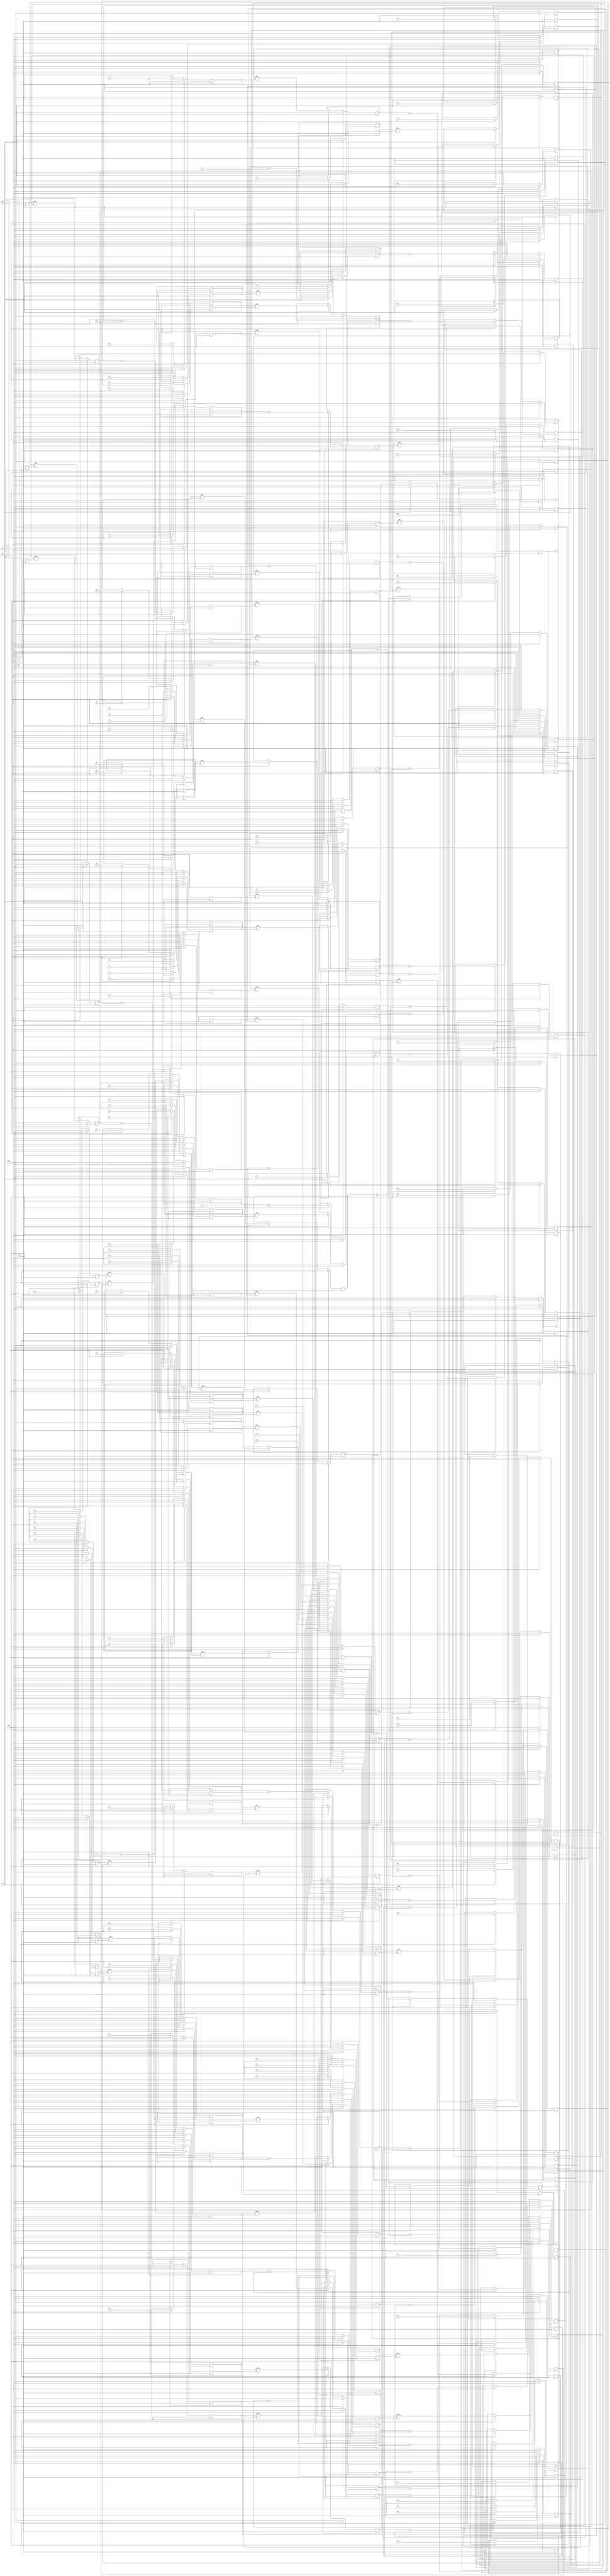
(*use_dsp = "yes"*)
module tdot (
    input wire clock,
    input wire reset,
    input wire [7:0] a0,
    input wire [7:0] c0,
    input wire [7:0] e0,
    input wire [7:0] g0,
    input wire [7:0] i0,
    input wire [7:0] a1,
    input wire [7:0] c1,
    input wire [7:0] e1,
    input wire [7:0] g1,
    input wire [7:0] i1,
    input wire [7:0] a2,
    input wire [7:0] c2,
    input wire [7:0] e2,
    input wire [7:0] g2,
    input wire [7:0] i2,
    input wire [7:0] a3,
    input wire [7:0] c3,
    input wire [7:0] e3,
    input wire [7:0] g3,
    input wire [7:0] i3,
    input wire [7:0] a4,
    input wire [7:0] c4,
    input wire [7:0] e4,
    input wire [7:0] g4,
    input wire [7:0] i4,
    input wire [7:0] a5,
    input wire [7:0] c5,
    input wire [7:0] e5,
    input wire [7:0] g5,
    input wire [7:0] i5,
    input wire [7:0] a6,
    input wire [7:0] c6,
    input wire [7:0] e6,
    input wire [7:0] g6,
    input wire [7:0] i6,
    input wire [7:0] a7,
    input wire [7:0] c7,
    input wire [7:0] e7,
    input wire [7:0] g7,
    input wire [7:0] i7,
    input wire [7:0] a8,
    input wire [7:0] c8,
    input wire [7:0] e8,
    input wire [7:0] g8,
    input wire [7:0] i8,
    input wire [7:0] b0,
    input wire [7:0] d0,
    input wire [7:0] f0,
    input wire [7:0] h0,
    input wire [7:0] j0,
    input wire [7:0] b1,
    input wire [7:0] d1,
    input wire [7:0] f1,
    input wire [7:0] h1,
    input wire [7:0] j1,
    input wire [7:0] b2,
    input wire [7:0] d2,
    input wire [7:0] f2,
    input wire [7:0] h2,
    input wire [7:0] j2,
    input wire [7:0] b3,
    input wire [7:0] d3,
    input wire [7:0] f3,
    input wire [7:0] h3,
    input wire [7:0] j3,
    input wire [7:0] b4,
    input wire [7:0] d4,
    input wire [7:0] f4,
    input wire [7:0] h4,
    input wire [7:0] j4,
    input wire [7:0] b5,
    input wire [7:0] d5,
    input wire [7:0] f5,
    input wire [7:0] h5,
    input wire [7:0] j5,
    input wire [7:0] b6,
    input wire [7:0] d6,
    input wire [7:0] f6,
    input wire [7:0] h6,
    input wire [7:0] j6,
    input wire [7:0] b7,
    input wire [7:0] d7,
    input wire [7:0] f7,
    input wire [7:0] h7,
    input wire [7:0] j7,
    input wire [7:0] b8,
    input wire [7:0] d8,
    input wire [7:0] f8,
    input wire [7:0] h8,
    input wire [7:0] j8,
    input wire [7:0] m,
    input wire [7:0] n,
    input wire [7:0] o,
    input wire [7:0] p,
    input wire [7:0] q,
    input wire en,
    output reg [7:0] v,
    output reg [7:0] w,
    output reg [7:0] x,
    output reg [7:0] y,
    output reg [7:0] z
);
    reg [7:0] t0;
    reg [7:0] t1;
    wire [7:0] t2;
    reg [7:0] t3;
    wire [7:0] t4;
    reg [7:0] t5;
    reg [7:0] t6;
    reg [7:0] t7;
    wire [7:0] t8;
    reg [7:0] t9;
    wire [7:0] t10;
    reg [7:0] t11;
    reg [7:0] t12;
    reg [7:0] t13;
    wire [7:0] t14;
    reg [7:0] t15;
    wire [7:0] t16;
    reg [7:0] t17;
    reg [7:0] t18;
    reg [7:0] t19;
    wire [7:0] t20;
    reg [7:0] t21;
    wire [7:0] t22;
    reg [7:0] t23;
    reg [7:0] t24;
    reg [7:0] t25;
    wire [7:0] t26;
    reg [7:0] t27;
    wire [7:0] t28;
    reg [7:0] t29;
    reg [7:0] t30;
    reg [7:0] t31;
    wire [7:0] t32;
    reg [7:0] t33;
    wire [7:0] t34;
    reg [7:0] t35;
    reg [7:0] t36;
    reg [7:0] t37;
    wire [7:0] t38;
    reg [7:0] t39;
    wire [7:0] t40;
    reg [7:0] t41;
    reg [7:0] t42;
    reg [7:0] t43;
    wire [7:0] t44;
    reg [7:0] t45;
    wire [7:0] t46;
    reg [7:0] t47;
    reg [7:0] t48;
    reg [7:0] t49;
    wire [7:0] t50;
    reg [7:0] t51;
    wire [7:0] t52;
    reg [7:0] t54;
    reg [7:0] t55;
    wire [7:0] t56;
    reg [7:0] t57;
    wire [7:0] t58;
    reg [7:0] t59;
    reg [7:0] t60;
    reg [7:0] t61;
    wire [7:0] t62;
    reg [7:0] t63;
    wire [7:0] t64;
    reg [7:0] t65;
    reg [7:0] t66;
    reg [7:0] t67;
    wire [7:0] t68;
    reg [7:0] t69;
    wire [7:0] t70;
    reg [7:0] t71;
    reg [7:0] t72;
    reg [7:0] t73;
    wire [7:0] t74;
    reg [7:0] t75;
    wire [7:0] t76;
    reg [7:0] t77;
    reg [7:0] t78;
    reg [7:0] t79;
    wire [7:0] t80;
    reg [7:0] t81;
    wire [7:0] t82;
    reg [7:0] t83;
    reg [7:0] t84;
    reg [7:0] t85;
    wire [7:0] t86;
    reg [7:0] t87;
    wire [7:0] t88;
    reg [7:0] t89;
    reg [7:0] t90;
    reg [7:0] t91;
    wire [7:0] t92;
    reg [7:0] t93;
    wire [7:0] t94;
    reg [7:0] t95;
    reg [7:0] t96;
    reg [7:0] t97;
    wire [7:0] t98;
    reg [7:0] t99;
    wire [7:0] t100;
    reg [7:0] t101;
    reg [7:0] t102;
    reg [7:0] t103;
    wire [7:0] t104;
    reg [7:0] t105;
    wire [7:0] t106;
    reg [7:0] t108;
    reg [7:0] t109;
    wire [7:0] t110;
    reg [7:0] t111;
    wire [7:0] t112;
    reg [7:0] t113;
    reg [7:0] t114;
    reg [7:0] t115;
    wire [7:0] t116;
    reg [7:0] t117;
    wire [7:0] t118;
    reg [7:0] t119;
    reg [7:0] t120;
    reg [7:0] t121;
    wire [7:0] t122;
    reg [7:0] t123;
    wire [7:0] t124;
    reg [7:0] t125;
    reg [7:0] t126;
    reg [7:0] t127;
    wire [7:0] t128;
    reg [7:0] t129;
    wire [7:0] t130;
    reg [7:0] t131;
    reg [7:0] t132;
    reg [7:0] t133;
    wire [7:0] t134;
    reg [7:0] t135;
    wire [7:0] t136;
    reg [7:0] t137;
    reg [7:0] t138;
    reg [7:0] t139;
    wire [7:0] t140;
    reg [7:0] t141;
    wire [7:0] t142;
    reg [7:0] t143;
    reg [7:0] t144;
    reg [7:0] t145;
    wire [7:0] t146;
    reg [7:0] t147;
    wire [7:0] t148;
    reg [7:0] t149;
    reg [7:0] t150;
    reg [7:0] t151;
    wire [7:0] t152;
    reg [7:0] t153;
    wire [7:0] t154;
    reg [7:0] t155;
    reg [7:0] t156;
    reg [7:0] t157;
    wire [7:0] t158;
    reg [7:0] t159;
    wire [7:0] t160;
    reg [7:0] t162;
    reg [7:0] t163;
    wire [7:0] t164;
    reg [7:0] t165;
    wire [7:0] t166;
    reg [7:0] t167;
    reg [7:0] t168;
    reg [7:0] t169;
    wire [7:0] t170;
    reg [7:0] t171;
    wire [7:0] t172;
    reg [7:0] t173;
    reg [7:0] t174;
    reg [7:0] t175;
    wire [7:0] t176;
    reg [7:0] t177;
    wire [7:0] t178;
    reg [7:0] t179;
    reg [7:0] t180;
    reg [7:0] t181;
    wire [7:0] t182;
    reg [7:0] t183;
    wire [7:0] t184;
    reg [7:0] t185;
    reg [7:0] t186;
    reg [7:0] t187;
    wire [7:0] t188;
    reg [7:0] t189;
    wire [7:0] t190;
    reg [7:0] t191;
    reg [7:0] t192;
    reg [7:0] t193;
    wire [7:0] t194;
    reg [7:0] t195;
    wire [7:0] t196;
    reg [7:0] t197;
    reg [7:0] t198;
    reg [7:0] t199;
    wire [7:0] t200;
    reg [7:0] t201;
    wire [7:0] t202;
    reg [7:0] t203;
    reg [7:0] t204;
    reg [7:0] t205;
    wire [7:0] t206;
    reg [7:0] t207;
    wire [7:0] t208;
    reg [7:0] t209;
    reg [7:0] t210;
    reg [7:0] t211;
    wire [7:0] t212;
    reg [7:0] t213;
    wire [7:0] t214;
    reg [7:0] t216;
    reg [7:0] t217;
    wire [7:0] t218;
    reg [7:0] t219;
    wire [7:0] t220;
    reg [7:0] t221;
    reg [7:0] t222;
    reg [7:0] t223;
    wire [7:0] t224;
    reg [7:0] t225;
    wire [7:0] t226;
    reg [7:0] t227;
    reg [7:0] t228;
    reg [7:0] t229;
    wire [7:0] t230;
    reg [7:0] t231;
    wire [7:0] t232;
    reg [7:0] t233;
    reg [7:0] t234;
    reg [7:0] t235;
    wire [7:0] t236;
    reg [7:0] t237;
    wire [7:0] t238;
    reg [7:0] t239;
    reg [7:0] t240;
    reg [7:0] t241;
    wire [7:0] t242;
    reg [7:0] t243;
    wire [7:0] t244;
    reg [7:0] t245;
    reg [7:0] t246;
    reg [7:0] t247;
    wire [7:0] t248;
    reg [7:0] t249;
    wire [7:0] t250;
    reg [7:0] t251;
    reg [7:0] t252;
    reg [7:0] t253;
    wire [7:0] t254;
    reg [7:0] t255;
    wire [7:0] t256;
    reg [7:0] t257;
    reg [7:0] t258;
    reg [7:0] t259;
    wire [7:0] t260;
    reg [7:0] t261;
    wire [7:0] t262;
    reg [7:0] t263;
    reg [7:0] t264;
    reg [7:0] t265;
    wire [7:0] t266;
    reg [7:0] t267;
    wire [7:0] t268;
    always @(posedge clock) begin
        if(reset) begin
            t0 <= 0;
        end else if(en) begin
            t0 <= a0;
        end
    end
    always @(posedge clock) begin
        if(reset) begin
            t1 <= 0;
        end else if(en) begin
            t1 <= b0;
        end
    end
    assign t2 = ($signed(t0) * $signed(t1));
    always @(posedge clock) begin
        if(reset) begin
            t3 <= 0;
        end else if(en) begin
            t3 <= t2;
        end
    end
    assign t4 = ($signed(t3) + $signed(m));
    always @(posedge clock) begin
        if(reset) begin
            t5 <= 0;
        end else if(en) begin
            t5 <= t4;
        end
    end
    always @(posedge clock) begin
        if(reset) begin
            t6 <= 0;
        end else if(en) begin
            t6 <= a1;
        end
    end
    always @(posedge clock) begin
        if(reset) begin
            t7 <= 0;
        end else if(en) begin
            t7 <= b1;
        end
    end
    assign t8 = ($signed(t6) * $signed(t7));
    always @(posedge clock) begin
        if(reset) begin
            t9 <= 0;
        end else if(en) begin
            t9 <= t8;
        end
    end
    assign t10 = ($signed(t9) + $signed(t5));
    always @(posedge clock) begin
        if(reset) begin
            t11 <= 0;
        end else if(en) begin
            t11 <= t10;
        end
    end
    always @(posedge clock) begin
        if(reset) begin
            t12 <= 0;
        end else if(en) begin
            t12 <= a2;
        end
    end
    always @(posedge clock) begin
        if(reset) begin
            t13 <= 0;
        end else if(en) begin
            t13 <= b2;
        end
    end
    assign t14 = ($signed(t12) * $signed(t13));
    always @(posedge clock) begin
        if(reset) begin
            t15 <= 0;
        end else if(en) begin
            t15 <= t14;
        end
    end
    assign t16 = ($signed(t15) + $signed(t11));
    always @(posedge clock) begin
        if(reset) begin
            t17 <= 0;
        end else if(en) begin
            t17 <= t16;
        end
    end
    always @(posedge clock) begin
        if(reset) begin
            t18 <= 0;
        end else if(en) begin
            t18 <= a3;
        end
    end
    always @(posedge clock) begin
        if(reset) begin
            t19 <= 0;
        end else if(en) begin
            t19 <= b3;
        end
    end
    assign t20 = ($signed(t18) * $signed(t19));
    always @(posedge clock) begin
        if(reset) begin
            t21 <= 0;
        end else if(en) begin
            t21 <= t20;
        end
    end
    assign t22 = ($signed(t21) + $signed(t17));
    always @(posedge clock) begin
        if(reset) begin
            t23 <= 0;
        end else if(en) begin
            t23 <= t22;
        end
    end
    always @(posedge clock) begin
        if(reset) begin
            t24 <= 0;
        end else if(en) begin
            t24 <= a4;
        end
    end
    always @(posedge clock) begin
        if(reset) begin
            t25 <= 0;
        end else if(en) begin
            t25 <= b4;
        end
    end
    assign t26 = ($signed(t24) * $signed(t25));
    always @(posedge clock) begin
        if(reset) begin
            t27 <= 0;
        end else if(en) begin
            t27 <= t26;
        end
    end
    assign t28 = ($signed(t27) + $signed(t23));
    always @(posedge clock) begin
        if(reset) begin
            t29 <= 0;
        end else if(en) begin
            t29 <= t28;
        end
    end
    always @(posedge clock) begin
        if(reset) begin
            t30 <= 0;
        end else if(en) begin
            t30 <= a5;
        end
    end
    always @(posedge clock) begin
        if(reset) begin
            t31 <= 0;
        end else if(en) begin
            t31 <= b5;
        end
    end
    assign t32 = ($signed(t30) * $signed(t31));
    always @(posedge clock) begin
        if(reset) begin
            t33 <= 0;
        end else if(en) begin
            t33 <= t32;
        end
    end
    assign t34 = ($signed(t33) + $signed(t29));
    always @(posedge clock) begin
        if(reset) begin
            t35 <= 0;
        end else if(en) begin
            t35 <= t34;
        end
    end
    always @(posedge clock) begin
        if(reset) begin
            t36 <= 0;
        end else if(en) begin
            t36 <= a6;
        end
    end
    always @(posedge clock) begin
        if(reset) begin
            t37 <= 0;
        end else if(en) begin
            t37 <= b6;
        end
    end
    assign t38 = ($signed(t36) * $signed(t37));
    always @(posedge clock) begin
        if(reset) begin
            t39 <= 0;
        end else if(en) begin
            t39 <= t38;
        end
    end
    assign t40 = ($signed(t39) + $signed(t35));
    always @(posedge clock) begin
        if(reset) begin
            t41 <= 0;
        end else if(en) begin
            t41 <= t40;
        end
    end
    always @(posedge clock) begin
        if(reset) begin
            t42 <= 0;
        end else if(en) begin
            t42 <= a7;
        end
    end
    always @(posedge clock) begin
        if(reset) begin
            t43 <= 0;
        end else if(en) begin
            t43 <= b7;
        end
    end
    assign t44 = ($signed(t42) * $signed(t43));
    always @(posedge clock) begin
        if(reset) begin
            t45 <= 0;
        end else if(en) begin
            t45 <= t44;
        end
    end
    assign t46 = ($signed(t45) + $signed(t41));
    always @(posedge clock) begin
        if(reset) begin
            t47 <= 0;
        end else if(en) begin
            t47 <= t46;
        end
    end
    always @(posedge clock) begin
        if(reset) begin
            t48 <= 0;
        end else if(en) begin
            t48 <= a8;
        end
    end
    always @(posedge clock) begin
        if(reset) begin
            t49 <= 0;
        end else if(en) begin
            t49 <= b8;
        end
    end
    assign t50 = ($signed(t48) * $signed(t49));
    always @(posedge clock) begin
        if(reset) begin
            t51 <= 0;
        end else if(en) begin
            t51 <= t50;
        end
    end
    assign t52 = ($signed(t51) + $signed(t47));
    always @(posedge clock) begin
        if(reset) begin
            v <= 0;
        end else if(en) begin
            v <= t52;
        end
    end
    always @(posedge clock) begin
        if(reset) begin
            t54 <= 0;
        end else if(en) begin
            t54 <= c0;
        end
    end
    always @(posedge clock) begin
        if(reset) begin
            t55 <= 0;
        end else if(en) begin
            t55 <= d0;
        end
    end
    assign t56 = ($signed(t54) * $signed(t55));
    always @(posedge clock) begin
        if(reset) begin
            t57 <= 0;
        end else if(en) begin
            t57 <= t56;
        end
    end
    assign t58 = ($signed(t57) + $signed(n));
    always @(posedge clock) begin
        if(reset) begin
            t59 <= 0;
        end else if(en) begin
            t59 <= t58;
        end
    end
    always @(posedge clock) begin
        if(reset) begin
            t60 <= 0;
        end else if(en) begin
            t60 <= c1;
        end
    end
    always @(posedge clock) begin
        if(reset) begin
            t61 <= 0;
        end else if(en) begin
            t61 <= d1;
        end
    end
    assign t62 = ($signed(t60) * $signed(t61));
    always @(posedge clock) begin
        if(reset) begin
            t63 <= 0;
        end else if(en) begin
            t63 <= t62;
        end
    end
    assign t64 = ($signed(t63) + $signed(t59));
    always @(posedge clock) begin
        if(reset) begin
            t65 <= 0;
        end else if(en) begin
            t65 <= t64;
        end
    end
    always @(posedge clock) begin
        if(reset) begin
            t66 <= 0;
        end else if(en) begin
            t66 <= c2;
        end
    end
    always @(posedge clock) begin
        if(reset) begin
            t67 <= 0;
        end else if(en) begin
            t67 <= d2;
        end
    end
    assign t68 = ($signed(t66) * $signed(t67));
    always @(posedge clock) begin
        if(reset) begin
            t69 <= 0;
        end else if(en) begin
            t69 <= t68;
        end
    end
    assign t70 = ($signed(t69) + $signed(t65));
    always @(posedge clock) begin
        if(reset) begin
            t71 <= 0;
        end else if(en) begin
            t71 <= t70;
        end
    end
    always @(posedge clock) begin
        if(reset) begin
            t72 <= 0;
        end else if(en) begin
            t72 <= c3;
        end
    end
    always @(posedge clock) begin
        if(reset) begin
            t73 <= 0;
        end else if(en) begin
            t73 <= d3;
        end
    end
    assign t74 = ($signed(t72) * $signed(t73));
    always @(posedge clock) begin
        if(reset) begin
            t75 <= 0;
        end else if(en) begin
            t75 <= t74;
        end
    end
    assign t76 = ($signed(t75) + $signed(t71));
    always @(posedge clock) begin
        if(reset) begin
            t77 <= 0;
        end else if(en) begin
            t77 <= t76;
        end
    end
    always @(posedge clock) begin
        if(reset) begin
            t78 <= 0;
        end else if(en) begin
            t78 <= c4;
        end
    end
    always @(posedge clock) begin
        if(reset) begin
            t79 <= 0;
        end else if(en) begin
            t79 <= d4;
        end
    end
    assign t80 = ($signed(t78) * $signed(t79));
    always @(posedge clock) begin
        if(reset) begin
            t81 <= 0;
        end else if(en) begin
            t81 <= t80;
        end
    end
    assign t82 = ($signed(t81) + $signed(t77));
    always @(posedge clock) begin
        if(reset) begin
            t83 <= 0;
        end else if(en) begin
            t83 <= t82;
        end
    end
    always @(posedge clock) begin
        if(reset) begin
            t84 <= 0;
        end else if(en) begin
            t84 <= c5;
        end
    end
    always @(posedge clock) begin
        if(reset) begin
            t85 <= 0;
        end else if(en) begin
            t85 <= d5;
        end
    end
    assign t86 = ($signed(t84) * $signed(t85));
    always @(posedge clock) begin
        if(reset) begin
            t87 <= 0;
        end else if(en) begin
            t87 <= t86;
        end
    end
    assign t88 = ($signed(t87) + $signed(t83));
    always @(posedge clock) begin
        if(reset) begin
            t89 <= 0;
        end else if(en) begin
            t89 <= t88;
        end
    end
    always @(posedge clock) begin
        if(reset) begin
            t90 <= 0;
        end else if(en) begin
            t90 <= c6;
        end
    end
    always @(posedge clock) begin
        if(reset) begin
            t91 <= 0;
        end else if(en) begin
            t91 <= d6;
        end
    end
    assign t92 = ($signed(t90) * $signed(t91));
    always @(posedge clock) begin
        if(reset) begin
            t93 <= 0;
        end else if(en) begin
            t93 <= t92;
        end
    end
    assign t94 = ($signed(t93) + $signed(t89));
    always @(posedge clock) begin
        if(reset) begin
            t95 <= 0;
        end else if(en) begin
            t95 <= t94;
        end
    end
    always @(posedge clock) begin
        if(reset) begin
            t96 <= 0;
        end else if(en) begin
            t96 <= c7;
        end
    end
    always @(posedge clock) begin
        if(reset) begin
            t97 <= 0;
        end else if(en) begin
            t97 <= d7;
        end
    end
    assign t98 = ($signed(t96) * $signed(t97));
    always @(posedge clock) begin
        if(reset) begin
            t99 <= 0;
        end else if(en) begin
            t99 <= t98;
        end
    end
    assign t100 = ($signed(t99) + $signed(t95));
    always @(posedge clock) begin
        if(reset) begin
            t101 <= 0;
        end else if(en) begin
            t101 <= t100;
        end
    end
    always @(posedge clock) begin
        if(reset) begin
            t102 <= 0;
        end else if(en) begin
            t102 <= c8;
        end
    end
    always @(posedge clock) begin
        if(reset) begin
            t103 <= 0;
        end else if(en) begin
            t103 <= d8;
        end
    end
    assign t104 = ($signed(t102) * $signed(t103));
    always @(posedge clock) begin
        if(reset) begin
            t105 <= 0;
        end else if(en) begin
            t105 <= t104;
        end
    end
    assign t106 = ($signed(t105) + $signed(t101));
    always @(posedge clock) begin
        if(reset) begin
            w <= 0;
        end else if(en) begin
            w <= t106;
        end
    end
    always @(posedge clock) begin
        if(reset) begin
            t108 <= 0;
        end else if(en) begin
            t108 <= e0;
        end
    end
    always @(posedge clock) begin
        if(reset) begin
            t109 <= 0;
        end else if(en) begin
            t109 <= f0;
        end
    end
    assign t110 = ($signed(t108) * $signed(t109));
    always @(posedge clock) begin
        if(reset) begin
            t111 <= 0;
        end else if(en) begin
            t111 <= t110;
        end
    end
    assign t112 = ($signed(t111) + $signed(o));
    always @(posedge clock) begin
        if(reset) begin
            t113 <= 0;
        end else if(en) begin
            t113 <= t112;
        end
    end
    always @(posedge clock) begin
        if(reset) begin
            t114 <= 0;
        end else if(en) begin
            t114 <= e1;
        end
    end
    always @(posedge clock) begin
        if(reset) begin
            t115 <= 0;
        end else if(en) begin
            t115 <= f1;
        end
    end
    assign t116 = ($signed(t114) * $signed(t115));
    always @(posedge clock) begin
        if(reset) begin
            t117 <= 0;
        end else if(en) begin
            t117 <= t116;
        end
    end
    assign t118 = ($signed(t117) + $signed(t113));
    always @(posedge clock) begin
        if(reset) begin
            t119 <= 0;
        end else if(en) begin
            t119 <= t118;
        end
    end
    always @(posedge clock) begin
        if(reset) begin
            t120 <= 0;
        end else if(en) begin
            t120 <= e2;
        end
    end
    always @(posedge clock) begin
        if(reset) begin
            t121 <= 0;
        end else if(en) begin
            t121 <= f2;
        end
    end
    assign t122 = ($signed(t120) * $signed(t121));
    always @(posedge clock) begin
        if(reset) begin
            t123 <= 0;
        end else if(en) begin
            t123 <= t122;
        end
    end
    assign t124 = ($signed(t123) + $signed(t119));
    always @(posedge clock) begin
        if(reset) begin
            t125 <= 0;
        end else if(en) begin
            t125 <= t124;
        end
    end
    always @(posedge clock) begin
        if(reset) begin
            t126 <= 0;
        end else if(en) begin
            t126 <= e3;
        end
    end
    always @(posedge clock) begin
        if(reset) begin
            t127 <= 0;
        end else if(en) begin
            t127 <= f3;
        end
    end
    assign t128 = ($signed(t126) * $signed(t127));
    always @(posedge clock) begin
        if(reset) begin
            t129 <= 0;
        end else if(en) begin
            t129 <= t128;
        end
    end
    assign t130 = ($signed(t129) + $signed(t125));
    always @(posedge clock) begin
        if(reset) begin
            t131 <= 0;
        end else if(en) begin
            t131 <= t130;
        end
    end
    always @(posedge clock) begin
        if(reset) begin
            t132 <= 0;
        end else if(en) begin
            t132 <= e4;
        end
    end
    always @(posedge clock) begin
        if(reset) begin
            t133 <= 0;
        end else if(en) begin
            t133 <= f4;
        end
    end
    assign t134 = ($signed(t132) * $signed(t133));
    always @(posedge clock) begin
        if(reset) begin
            t135 <= 0;
        end else if(en) begin
            t135 <= t134;
        end
    end
    assign t136 = ($signed(t135) + $signed(t131));
    always @(posedge clock) begin
        if(reset) begin
            t137 <= 0;
        end else if(en) begin
            t137 <= t136;
        end
    end
    always @(posedge clock) begin
        if(reset) begin
            t138 <= 0;
        end else if(en) begin
            t138 <= e5;
        end
    end
    always @(posedge clock) begin
        if(reset) begin
            t139 <= 0;
        end else if(en) begin
            t139 <= f5;
        end
    end
    assign t140 = ($signed(t138) * $signed(t139));
    always @(posedge clock) begin
        if(reset) begin
            t141 <= 0;
        end else if(en) begin
            t141 <= t140;
        end
    end
    assign t142 = ($signed(t141) + $signed(t137));
    always @(posedge clock) begin
        if(reset) begin
            t143 <= 0;
        end else if(en) begin
            t143 <= t142;
        end
    end
    always @(posedge clock) begin
        if(reset) begin
            t144 <= 0;
        end else if(en) begin
            t144 <= e6;
        end
    end
    always @(posedge clock) begin
        if(reset) begin
            t145 <= 0;
        end else if(en) begin
            t145 <= f6;
        end
    end
    assign t146 = ($signed(t144) * $signed(t145));
    always @(posedge clock) begin
        if(reset) begin
            t147 <= 0;
        end else if(en) begin
            t147 <= t146;
        end
    end
    assign t148 = ($signed(t147) + $signed(t143));
    always @(posedge clock) begin
        if(reset) begin
            t149 <= 0;
        end else if(en) begin
            t149 <= t148;
        end
    end
    always @(posedge clock) begin
        if(reset) begin
            t150 <= 0;
        end else if(en) begin
            t150 <= e7;
        end
    end
    always @(posedge clock) begin
        if(reset) begin
            t151 <= 0;
        end else if(en) begin
            t151 <= f7;
        end
    end
    assign t152 = ($signed(t150) * $signed(t151));
    always @(posedge clock) begin
        if(reset) begin
            t153 <= 0;
        end else if(en) begin
            t153 <= t152;
        end
    end
    assign t154 = ($signed(t153) + $signed(t149));
    always @(posedge clock) begin
        if(reset) begin
            t155 <= 0;
        end else if(en) begin
            t155 <= t154;
        end
    end
    always @(posedge clock) begin
        if(reset) begin
            t156 <= 0;
        end else if(en) begin
            t156 <= e8;
        end
    end
    always @(posedge clock) begin
        if(reset) begin
            t157 <= 0;
        end else if(en) begin
            t157 <= f8;
        end
    end
    assign t158 = ($signed(t156) * $signed(t157));
    always @(posedge clock) begin
        if(reset) begin
            t159 <= 0;
        end else if(en) begin
            t159 <= t158;
        end
    end
    assign t160 = ($signed(t159) + $signed(t155));
    always @(posedge clock) begin
        if(reset) begin
            x <= 0;
        end else if(en) begin
            x <= t160;
        end
    end
    always @(posedge clock) begin
        if(reset) begin
            t162 <= 0;
        end else if(en) begin
            t162 <= g0;
        end
    end
    always @(posedge clock) begin
        if(reset) begin
            t163 <= 0;
        end else if(en) begin
            t163 <= h0;
        end
    end
    assign t164 = ($signed(t162) * $signed(t163));
    always @(posedge clock) begin
        if(reset) begin
            t165 <= 0;
        end else if(en) begin
            t165 <= t164;
        end
    end
    assign t166 = ($signed(t165) + $signed(p));
    always @(posedge clock) begin
        if(reset) begin
            t167 <= 0;
        end else if(en) begin
            t167 <= t166;
        end
    end
    always @(posedge clock) begin
        if(reset) begin
            t168 <= 0;
        end else if(en) begin
            t168 <= g1;
        end
    end
    always @(posedge clock) begin
        if(reset) begin
            t169 <= 0;
        end else if(en) begin
            t169 <= h1;
        end
    end
    assign t170 = ($signed(t168) * $signed(t169));
    always @(posedge clock) begin
        if(reset) begin
            t171 <= 0;
        end else if(en) begin
            t171 <= t170;
        end
    end
    assign t172 = ($signed(t171) + $signed(t167));
    always @(posedge clock) begin
        if(reset) begin
            t173 <= 0;
        end else if(en) begin
            t173 <= t172;
        end
    end
    always @(posedge clock) begin
        if(reset) begin
            t174 <= 0;
        end else if(en) begin
            t174 <= g2;
        end
    end
    always @(posedge clock) begin
        if(reset) begin
            t175 <= 0;
        end else if(en) begin
            t175 <= h2;
        end
    end
    assign t176 = ($signed(t174) * $signed(t175));
    always @(posedge clock) begin
        if(reset) begin
            t177 <= 0;
        end else if(en) begin
            t177 <= t176;
        end
    end
    assign t178 = ($signed(t177) + $signed(t173));
    always @(posedge clock) begin
        if(reset) begin
            t179 <= 0;
        end else if(en) begin
            t179 <= t178;
        end
    end
    always @(posedge clock) begin
        if(reset) begin
            t180 <= 0;
        end else if(en) begin
            t180 <= g3;
        end
    end
    always @(posedge clock) begin
        if(reset) begin
            t181 <= 0;
        end else if(en) begin
            t181 <= h3;
        end
    end
    assign t182 = ($signed(t180) * $signed(t181));
    always @(posedge clock) begin
        if(reset) begin
            t183 <= 0;
        end else if(en) begin
            t183 <= t182;
        end
    end
    assign t184 = ($signed(t183) + $signed(t179));
    always @(posedge clock) begin
        if(reset) begin
            t185 <= 0;
        end else if(en) begin
            t185 <= t184;
        end
    end
    always @(posedge clock) begin
        if(reset) begin
            t186 <= 0;
        end else if(en) begin
            t186 <= g4;
        end
    end
    always @(posedge clock) begin
        if(reset) begin
            t187 <= 0;
        end else if(en) begin
            t187 <= h4;
        end
    end
    assign t188 = ($signed(t186) * $signed(t187));
    always @(posedge clock) begin
        if(reset) begin
            t189 <= 0;
        end else if(en) begin
            t189 <= t188;
        end
    end
    assign t190 = ($signed(t189) + $signed(t185));
    always @(posedge clock) begin
        if(reset) begin
            t191 <= 0;
        end else if(en) begin
            t191 <= t190;
        end
    end
    always @(posedge clock) begin
        if(reset) begin
            t192 <= 0;
        end else if(en) begin
            t192 <= g5;
        end
    end
    always @(posedge clock) begin
        if(reset) begin
            t193 <= 0;
        end else if(en) begin
            t193 <= h5;
        end
    end
    assign t194 = ($signed(t192) * $signed(t193));
    always @(posedge clock) begin
        if(reset) begin
            t195 <= 0;
        end else if(en) begin
            t195 <= t194;
        end
    end
    assign t196 = ($signed(t195) + $signed(t191));
    always @(posedge clock) begin
        if(reset) begin
            t197 <= 0;
        end else if(en) begin
            t197 <= t196;
        end
    end
    always @(posedge clock) begin
        if(reset) begin
            t198 <= 0;
        end else if(en) begin
            t198 <= g6;
        end
    end
    always @(posedge clock) begin
        if(reset) begin
            t199 <= 0;
        end else if(en) begin
            t199 <= h6;
        end
    end
    assign t200 = ($signed(t198) * $signed(t199));
    always @(posedge clock) begin
        if(reset) begin
            t201 <= 0;
        end else if(en) begin
            t201 <= t200;
        end
    end
    assign t202 = ($signed(t201) + $signed(t197));
    always @(posedge clock) begin
        if(reset) begin
            t203 <= 0;
        end else if(en) begin
            t203 <= t202;
        end
    end
    always @(posedge clock) begin
        if(reset) begin
            t204 <= 0;
        end else if(en) begin
            t204 <= g7;
        end
    end
    always @(posedge clock) begin
        if(reset) begin
            t205 <= 0;
        end else if(en) begin
            t205 <= h7;
        end
    end
    assign t206 = ($signed(t204) * $signed(t205));
    always @(posedge clock) begin
        if(reset) begin
            t207 <= 0;
        end else if(en) begin
            t207 <= t206;
        end
    end
    assign t208 = ($signed(t207) + $signed(t203));
    always @(posedge clock) begin
        if(reset) begin
            t209 <= 0;
        end else if(en) begin
            t209 <= t208;
        end
    end
    always @(posedge clock) begin
        if(reset) begin
            t210 <= 0;
        end else if(en) begin
            t210 <= g8;
        end
    end
    always @(posedge clock) begin
        if(reset) begin
            t211 <= 0;
        end else if(en) begin
            t211 <= h8;
        end
    end
    assign t212 = ($signed(t210) * $signed(t211));
    always @(posedge clock) begin
        if(reset) begin
            t213 <= 0;
        end else if(en) begin
            t213 <= t212;
        end
    end
    assign t214 = ($signed(t213) + $signed(t209));
    always @(posedge clock) begin
        if(reset) begin
            y <= 0;
        end else if(en) begin
            y <= t214;
        end
    end
    always @(posedge clock) begin
        if(reset) begin
            t216 <= 0;
        end else if(en) begin
            t216 <= i0;
        end
    end
    always @(posedge clock) begin
        if(reset) begin
            t217 <= 0;
        end else if(en) begin
            t217 <= j0;
        end
    end
    assign t218 = ($signed(t216) * $signed(t217));
    always @(posedge clock) begin
        if(reset) begin
            t219 <= 0;
        end else if(en) begin
            t219 <= t218;
        end
    end
    assign t220 = ($signed(t219) + $signed(q));
    always @(posedge clock) begin
        if(reset) begin
            t221 <= 0;
        end else if(en) begin
            t221 <= t220;
        end
    end
    always @(posedge clock) begin
        if(reset) begin
            t222 <= 0;
        end else if(en) begin
            t222 <= i1;
        end
    end
    always @(posedge clock) begin
        if(reset) begin
            t223 <= 0;
        end else if(en) begin
            t223 <= j1;
        end
    end
    assign t224 = ($signed(t222) * $signed(t223));
    always @(posedge clock) begin
        if(reset) begin
            t225 <= 0;
        end else if(en) begin
            t225 <= t224;
        end
    end
    assign t226 = ($signed(t225) + $signed(t221));
    always @(posedge clock) begin
        if(reset) begin
            t227 <= 0;
        end else if(en) begin
            t227 <= t226;
        end
    end
    always @(posedge clock) begin
        if(reset) begin
            t228 <= 0;
        end else if(en) begin
            t228 <= i2;
        end
    end
    always @(posedge clock) begin
        if(reset) begin
            t229 <= 0;
        end else if(en) begin
            t229 <= j2;
        end
    end
    assign t230 = ($signed(t228) * $signed(t229));
    always @(posedge clock) begin
        if(reset) begin
            t231 <= 0;
        end else if(en) begin
            t231 <= t230;
        end
    end
    assign t232 = ($signed(t231) + $signed(t227));
    always @(posedge clock) begin
        if(reset) begin
            t233 <= 0;
        end else if(en) begin
            t233 <= t232;
        end
    end
    always @(posedge clock) begin
        if(reset) begin
            t234 <= 0;
        end else if(en) begin
            t234 <= i3;
        end
    end
    always @(posedge clock) begin
        if(reset) begin
            t235 <= 0;
        end else if(en) begin
            t235 <= j3;
        end
    end
    assign t236 = ($signed(t234) * $signed(t235));
    always @(posedge clock) begin
        if(reset) begin
            t237 <= 0;
        end else if(en) begin
            t237 <= t236;
        end
    end
    assign t238 = ($signed(t237) + $signed(t233));
    always @(posedge clock) begin
        if(reset) begin
            t239 <= 0;
        end else if(en) begin
            t239 <= t238;
        end
    end
    always @(posedge clock) begin
        if(reset) begin
            t240 <= 0;
        end else if(en) begin
            t240 <= i4;
        end
    end
    always @(posedge clock) begin
        if(reset) begin
            t241 <= 0;
        end else if(en) begin
            t241 <= j4;
        end
    end
    assign t242 = ($signed(t240) * $signed(t241));
    always @(posedge clock) begin
        if(reset) begin
            t243 <= 0;
        end else if(en) begin
            t243 <= t242;
        end
    end
    assign t244 = ($signed(t243) + $signed(t239));
    always @(posedge clock) begin
        if(reset) begin
            t245 <= 0;
        end else if(en) begin
            t245 <= t244;
        end
    end
    always @(posedge clock) begin
        if(reset) begin
            t246 <= 0;
        end else if(en) begin
            t246 <= i5;
        end
    end
    always @(posedge clock) begin
        if(reset) begin
            t247 <= 0;
        end else if(en) begin
            t247 <= j5;
        end
    end
    assign t248 = ($signed(t246) * $signed(t247));
    always @(posedge clock) begin
        if(reset) begin
            t249 <= 0;
        end else if(en) begin
            t249 <= t248;
        end
    end
    assign t250 = ($signed(t249) + $signed(t245));
    always @(posedge clock) begin
        if(reset) begin
            t251 <= 0;
        end else if(en) begin
            t251 <= t250;
        end
    end
    always @(posedge clock) begin
        if(reset) begin
            t252 <= 0;
        end else if(en) begin
            t252 <= i6;
        end
    end
    always @(posedge clock) begin
        if(reset) begin
            t253 <= 0;
        end else if(en) begin
            t253 <= j6;
        end
    end
    assign t254 = ($signed(t252) * $signed(t253));
    always @(posedge clock) begin
        if(reset) begin
            t255 <= 0;
        end else if(en) begin
            t255 <= t254;
        end
    end
    assign t256 = ($signed(t255) + $signed(t251));
    always @(posedge clock) begin
        if(reset) begin
            t257 <= 0;
        end else if(en) begin
            t257 <= t256;
        end
    end
    always @(posedge clock) begin
        if(reset) begin
            t258 <= 0;
        end else if(en) begin
            t258 <= i7;
        end
    end
    always @(posedge clock) begin
        if(reset) begin
            t259 <= 0;
        end else if(en) begin
            t259 <= j7;
        end
    end
    assign t260 = ($signed(t258) * $signed(t259));
    always @(posedge clock) begin
        if(reset) begin
            t261 <= 0;
        end else if(en) begin
            t261 <= t260;
        end
    end
    assign t262 = ($signed(t261) + $signed(t257));
    always @(posedge clock) begin
        if(reset) begin
            t263 <= 0;
        end else if(en) begin
            t263 <= t262;
        end
    end
    always @(posedge clock) begin
        if(reset) begin
            t264 <= 0;
        end else if(en) begin
            t264 <= i8;
        end
    end
    always @(posedge clock) begin
        if(reset) begin
            t265 <= 0;
        end else if(en) begin
            t265 <= j8;
        end
    end
    assign t266 = ($signed(t264) * $signed(t265));
    always @(posedge clock) begin
        if(reset) begin
            t267 <= 0;
        end else if(en) begin
            t267 <= t266;
        end
    end
    assign t268 = ($signed(t267) + $signed(t263));
    always @(posedge clock) begin
        if(reset) begin
            z <= 0;
        end else if(en) begin
            z <= t268;
        end
    end
endmodule